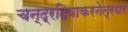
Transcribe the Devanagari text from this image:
चन्द्रदिवाकरनेत्रधरे